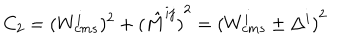
LaTeX: C _ { 2 } = ( { W _ { c m s } ^ { i } } ) ^ { 2 } + { ( \hat { M } ^ { i j } ) } ^ { 2 } = { ( W _ { c m s } ^ { i } \pm \Delta ^ { i } ) } ^ { 2 }